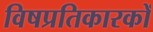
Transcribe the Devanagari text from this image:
विषप्रतिकारकों